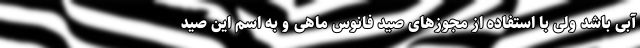
آبی باشد ولی با استفاده از مجوزهای صید فانوس ماهی و به اسم این صید